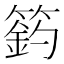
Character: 𥲟